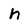
Character: h